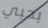
بحبي